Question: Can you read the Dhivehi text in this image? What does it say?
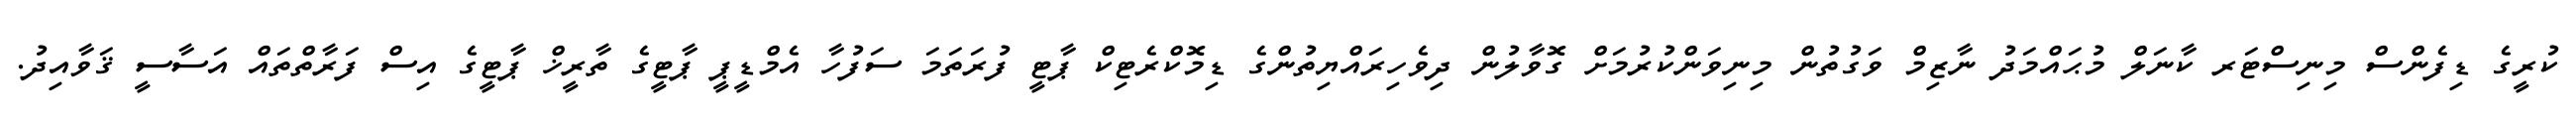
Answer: ކުރީގެ ޑިފެންސް މިނިސްޓަރ ކާނަލް މުޙައްމަދު ނާޒިމް ވަގުތުން މިނިވަންކުރުމަށް ގޮވާލުން ދިވެހިރައްޔިތުންގެ ޑިމޮކްރެޓިކް ޕާޓީ ފުރަތަމަ ސަފުހާ އެމްޑީޕީ ޕާޓީގެ ތާރީޚް ޕާޓީގެ އިސް ފަރާތްތައް އަސާސީ ޤަވާއިދު.